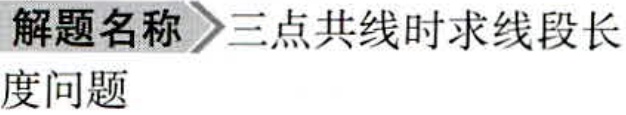
解题名称$\rhd$三点共线时求线段长度问题